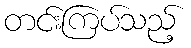
တင်းကြပ်သည့်